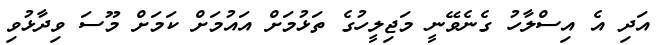
އަދި އެ އިސްލާހު ގެނެވޭނީ މަޖިލީހުގެ ތަޅުމަށް އައުމަށް ކަމަށް މޫސަ ވިދާޅުވި